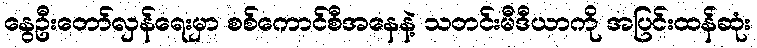
နွေဦးတော်လှန်ရေးမှာ စစ်ကောင်စီအနေနဲ့ သတင်းမီဒီယာကို အပြင်းထန်ဆုံး